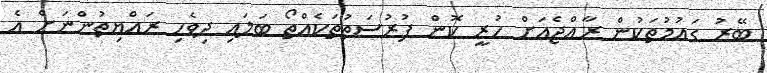
ބޭރު ގައުމުތަކުން ރާއްޖެއަށް ހުރީ ކޮން ފުރުސަތުތަކެއްތޯ ބަލައި ދިވެހި ރައްޔިތުންނަށް އެ